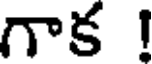
గాక !